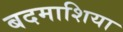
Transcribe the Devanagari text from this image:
बदमाशिया